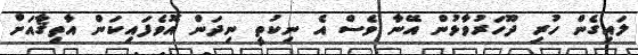
ލައިގެން ހުރި ދޫހަރުވާޅުން އޭނާ ވެސް އެ ނިކުތީ ނިދަން އޮވެފައިކަން އާތިޤާއަށް